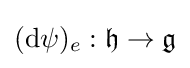
(\mathrm {d} \psi )_{e}:{\mathfrak {h}}\rightarrow {\mathfrak {g}}